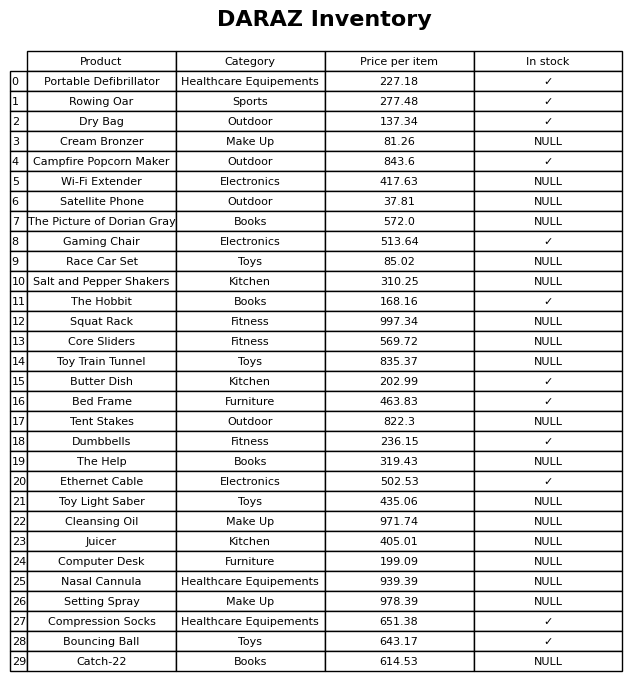
question: What is the price for Dumbbells?
answer: The price of Dumbbells is 236.15.